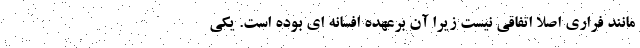
مانند فراری اصلا اتفاقی نیست زیرا آن برعهده افسانه ای بوده است. یکی